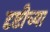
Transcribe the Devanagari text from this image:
दृष्टीच्या